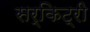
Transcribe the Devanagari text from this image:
सर्किट्री